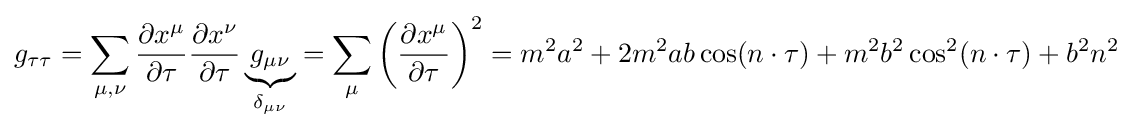
g_{\tau \tau }=\sum \limits _{\mu ,\nu }{\frac {\partial x^{\mu }}{\partial \tau }}{\frac {\partial x^{\nu }}{\partial \tau }}\underbrace {g_{\mu \nu }} _{\delta _{\mu \nu }}=\sum \limits _{\mu }\left({\frac {\partial x^{\mu }}{\partial \tau }}\right)^{2}=m^{2}a^{2}+2m^{2}ab\cos(n\cdot \tau )+m^{2}b^{2}\cos ^{2}(n\cdot \tau )+b^{2}n^{2}